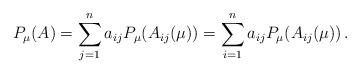
LaTeX: \begin{align*} P_\mu(A)=\sum_{j=1}^n a_{ij}P_\mu(A_{ij}(\mu))=\sum_{i=1}^n a_{ij}P_\mu(A_{ij}(\mu))\, .\end{align*}